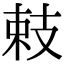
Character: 㩽